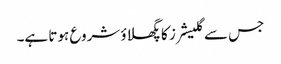
جس سے گلیشرز کا پگھلاؤ شروع ہوتا ہے۔